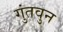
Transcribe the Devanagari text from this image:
गुंतवुन